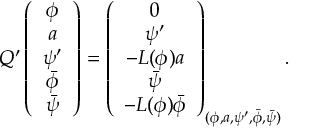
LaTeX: Q ^ { \prime } \left( \begin{array} { c } { { \phi } } \\ { { a } } \\ { { \psi ^ { \prime } } } \\ { { \bar { \phi } } } \\ { { \bar { \psi } } } \end{array} \right) = \left( \begin{array} { c } { { 0 } } \\ { { \psi ^ { \prime } } } \\ { { - L ( \phi ) a } } \\ { { \bar { \psi } } } \\ { { - L ( \phi ) \bar { \phi } } } \end{array} \right) _ { ( \phi , a , \psi ^ { \prime } , \bar { \phi } , \bar { \psi } ) } .